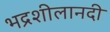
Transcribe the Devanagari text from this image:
भद्रशीलानदी